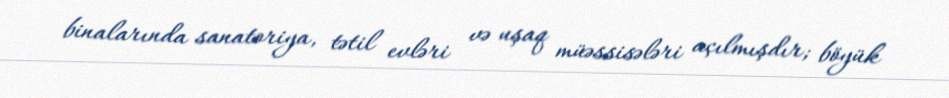
binalarında sanatoriya, tətil evləri və uşaq müəssisələri açılmışdır; böyük